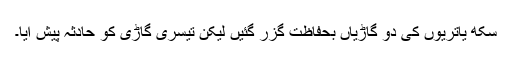
سکھ یاتریوں کی دو گاڑیاں بحفاظت گزر گئیں لیکن تیسری گاڑی کو حادثہ پیش آیا۔